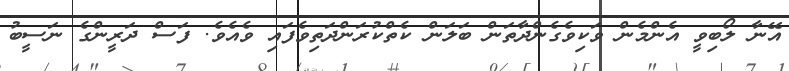
އޭނާ ލޯބިވީ އެންމެން ވަކިވެގެންދާތަން ބަލަން ކެތްކުރަންދަތިވެފައި ވެއެވެ. ފަސް ދަރީންގެ ނަސީބު